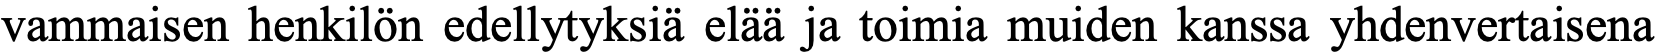
vammaisen henkilön edellytyksiä elää ja toimia muiden kanssa yhdenvertaisena